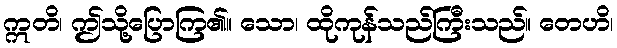
ဣတိ၊ ဤသို့ပြောကြ၏။ သော၊ ထိုကုန်သည်ကြီးသည်။ တေဟိ၊